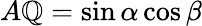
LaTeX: A\mathbb{Q}=\sin\alpha\cos\beta